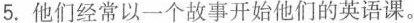
5.他们经常以一个故事开始他们的英语课。